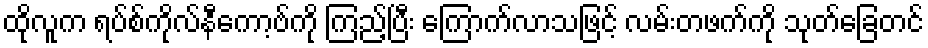
ထိုလူက ရပ်စ်ကိုလ်နီကော့ဗ်ကို ကြည့်ပြီး ကြောက်လာသဖြင့် လမ်းတဖက်ကို သုတ်ခြေတင်